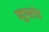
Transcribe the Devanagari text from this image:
पदुपरांत